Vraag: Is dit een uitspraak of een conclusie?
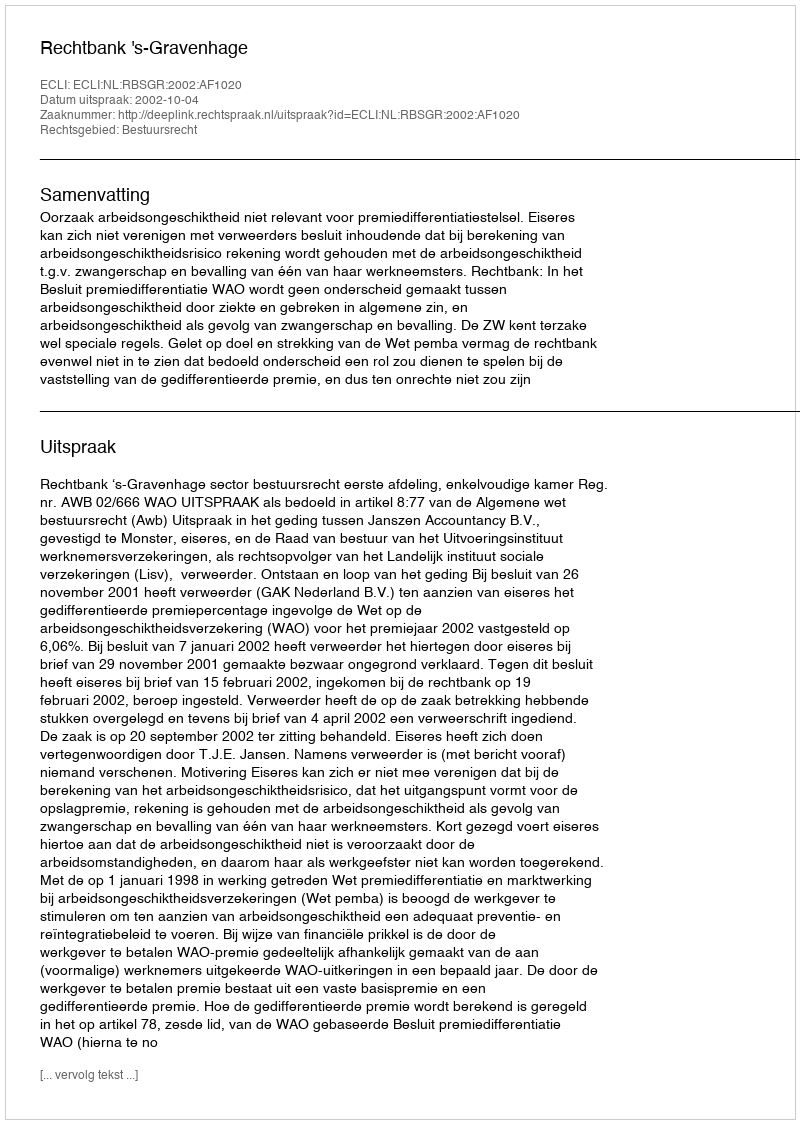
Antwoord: Uitspraak